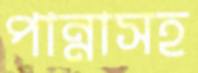
পান্নাসহ